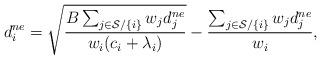
LaTeX: \begin{align*}d_i^{ne}=\sqrt{\frac{B\sum_{j \in \mathcal {S}/\{i\}}w_jd_j^{ne}}{w_i(c_i+\lambda_i)}}-\frac{\sum_{j \in \mathcal {S}/\{i\}}w_jd_j^{ne}}{w_i},\end{align*}